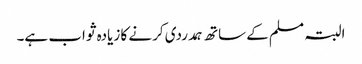
البتہ مسلم کے ساتھ ہمدردی کرنے کا زیادہ ثواب ہے۔